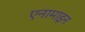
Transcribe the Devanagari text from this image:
एनामाइन